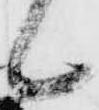
候